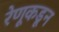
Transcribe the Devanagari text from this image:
रेणूकडून